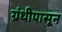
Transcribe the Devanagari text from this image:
ग्रंथीपासून